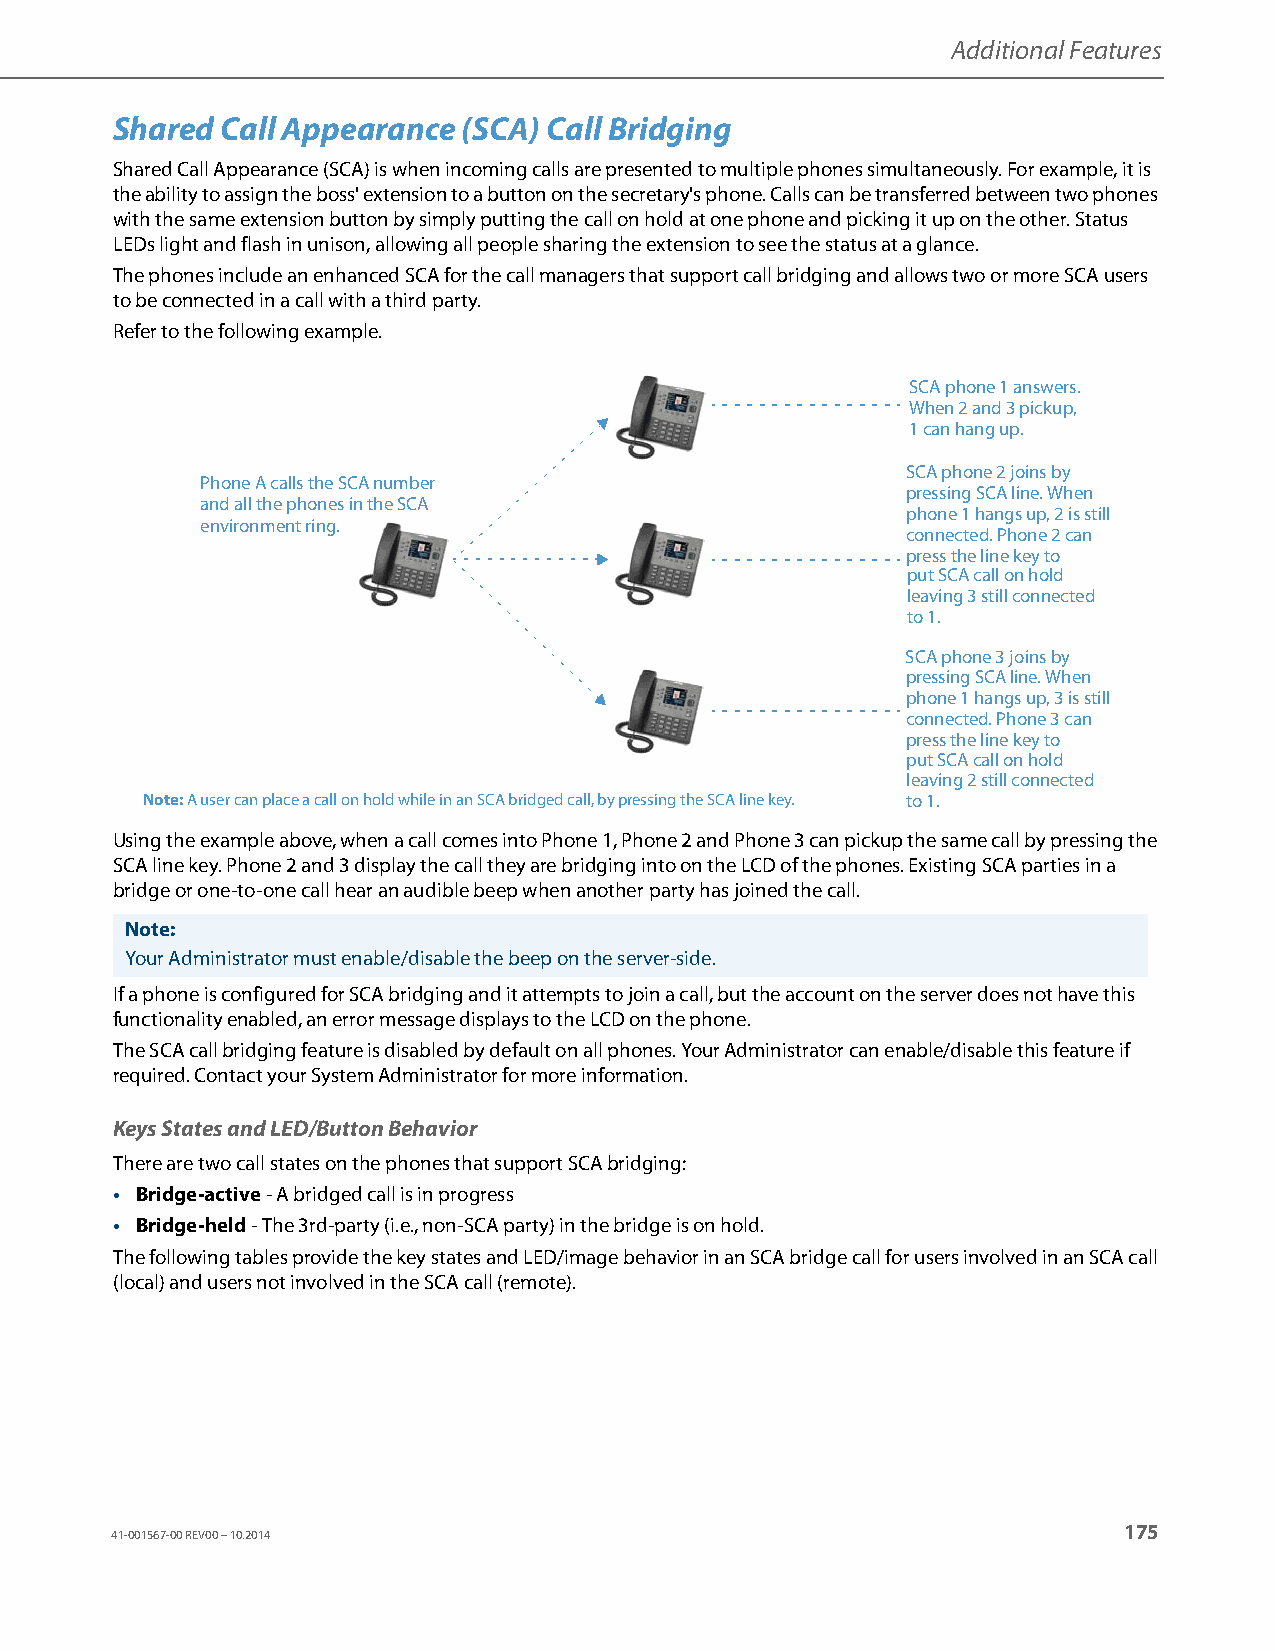
Additional Features
 Shared  Call Appearance (SCA) Call Bridging
 Shared Call Appearance (SCA) is when incoming calls are presented to multiple phones simultaneously. For example, it is
 the ability to assign the boss' extension to a button on the secretary's phone. Calls can be transferred between two phones
 with the same extension button by simply putting the call on hold at one phone and picking it up on the other. Status
 LEDs light and flash in unison, allowing all people sharing the extension to see the status at a glance.
 The phones include an enhanced SCA for the call managers that support call bridging and allows two or more SCA users
 to be connected in a call with a third party.
 Refer to the following example.
 SCA phone 1 answers.
 When 2 and 3 pickup,
 1 can hang up.
 SCA phone 2 joins by
 Phone A calls the SCA number
 pressing SCA line. When
 and all the phones in the SCA
 phone 1 hangs up, 2 is still
 environment ring.
 connected. Phone 2 can
 press the line key to
 put SCA call on hold
 leaving 3 still connected
 to 1.
 SCA phone 3 joins by
 pressing SCA line. When
 phone 1 hangs up, 3 is still
 connected. Phone 3 can
 press the line key to
 put SCA call on hold
 leaving 2 still connected
 Note: A user can place a call on hold while in an SCA bridged call, by pressing the SCA line key. to 1.
 Using the example above, when a call comes into Phone 1, Phone 2 and Phone 3 can pickup the same call by pressing the
 SCA line key. Phone 2 and 3 display the call they are bridging into on the LCD of the phones. Existing SCA parties in a
 bridge or one-to-one call hear an audible beep when another party has joined the call.
 Note:
 Your Administrator must enable/disable the beep on the server-side.
 If a phone is configured for SCA bridging and it attempts to join a call, but the account on the server does not have this
 functionality enabled, an error message displays to the LCD on the phone.
 The SCA call bridging feature is disabled by default on all phones. Your Administrator can enable/disable this feature if
 required. Contact your System Administrator for more information.
 Keys States and LED/Button Behavior
 There are two call states on the phones that support SCA bridging:
 • Bridge-active - A bridged call is in progress
 • Bridge-held - The 3rd-party (i.e., non-SCA party) in the bridge is on hold.
 The following tables provide the key states and LED/image behavior in an SCA bridge call for users involved in an SCA call
 (local) and users not involved in the SCA call (remote).
 175
 41-001567-00 REV00 – 10.2014